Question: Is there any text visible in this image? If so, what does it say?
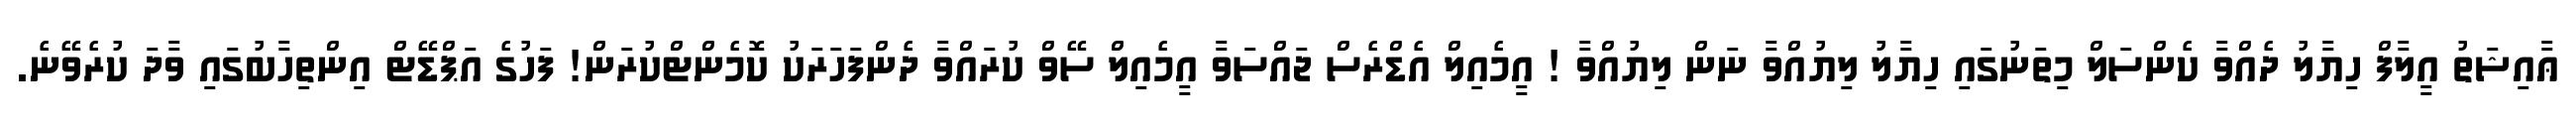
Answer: ޢާއިޝަތު އީލާފް ހިޔާލު ދެއްވާ ކެންސަލް މިތަނުގައި ހިޔާލު ލިޔުއްވާ ނަން ލިޔުއްވާ ! އީމެއިލް އެޑްރެސް ޖައްސަވާ އީމެއިލް ސޭވް ކުރައްވާ ދެންފަހަރަކު ކޮމެންޓްކުރަން! ފަހުގެ އަޕްޑޭޓް އިންތިހާބުގައި ވާދަ ކުރެވޭނެ.